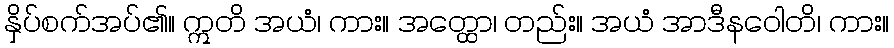
နှိပ်စက်အပ်၏။ ဣတိ အယံ၊ ကား။ အတ္ထော၊ တည်း။ အယံ အာဒီနဝေါတိ၊ ကား။